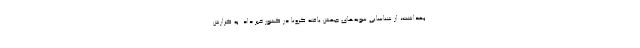
بهداشت، از شناسایی سویه‌های جهش یافته کرونا در کشور خبر داد. به گزارش